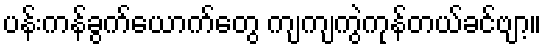
ပန်းကန်ခွက်ယောက်တွေ ကျကျကွဲကုန်တယ်ခင်ဗျာ့။